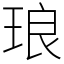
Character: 琅